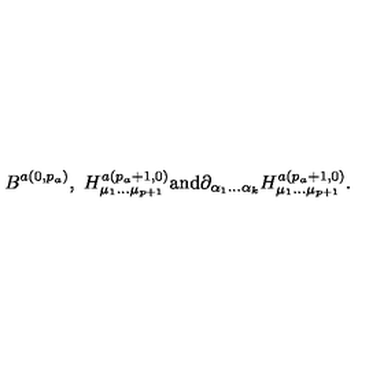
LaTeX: B ^ { a ( 0 , p _ { a } ) } , \ H _ { \mu _ { 1 } \ldots \mu _ { p + 1 } } ^ { a ( p _ { a } + 1 , 0 ) } \mathrm { a n d } \partial _ { \alpha _ { 1 } \ldots \alpha _ { k } } H _ { \mu _ { 1 } \ldots \mu _ { p + 1 } } ^ { a ( p _ { a } + 1 , 0 ) } .